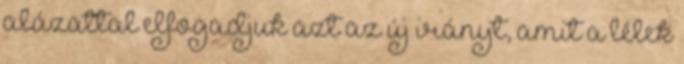
alázattal elfogadjuk azt az új irányt, amit a lélek